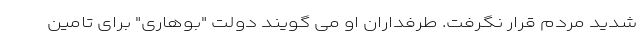
شدید مردم قرار نگرفت. طرفداران او می گویند دولت "بوهاری" برای تامین